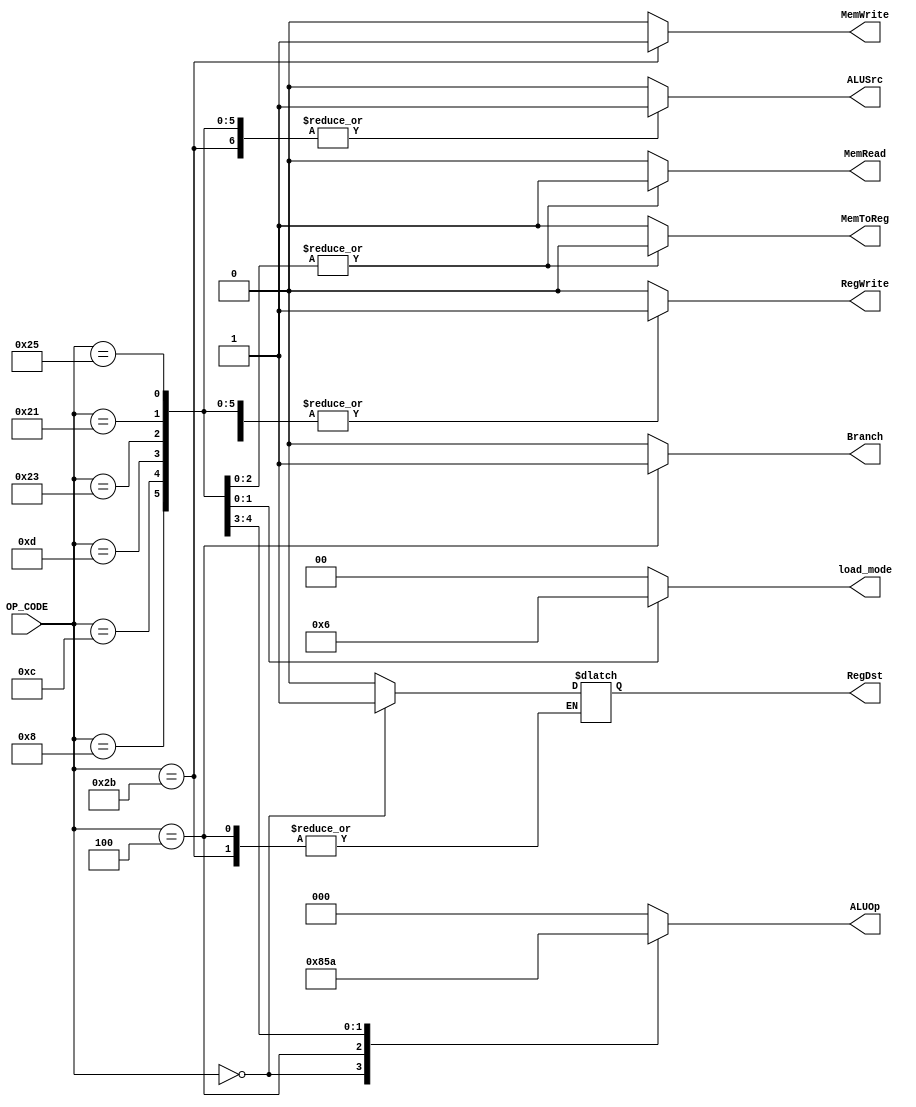
module ID_Control_Unit(OP_CODE, 
                       // Outputs
                       RegDst, 
                       RegWrite,
                       ALUSrc,
                       ALUOp,
                       MemWrite,
                       MemRead,
                       MemToReg,
                       Branch,
                       load_mode);

input [5:0] OP_CODE;
output reg RegDst, RegWrite, ALUSrc, MemWrite, MemRead, MemToReg, Branch;
output reg [1:0] load_mode;
output reg [2:0] ALUOp;


always @(OP_CODE)
begin
  // Default most common values
  RegWrite <= 1;
  ALUSrc <= 0;
  MemWrite <= 0;
  MemRead <= 0;
  MemToReg <= 1;
  load_mode <= 2'b00;
  Branch <= 0;

  case(OP_CODE)
    // R-Type
    6'b000_000:
        begin
          RegDst <= 1;
          ALUOp <= 3'b100;
        end
    // ADD-Immediate
    6'b001_000:
        begin
          RegDst <= 0;
          ALUSrc <= 1;
          ALUOp <= 3'b000;
        end
    // LW, LH, LHU
    6'b100_011:
        begin
          RegDst <= 0;
          ALUSrc <= 1;
          ALUOp <= 3'b000;
          MemRead <= 1;
          MemToReg <= 0;
        end
    6'b100_001:
        begin
          RegDst <= 0;
          ALUSrc <= 1;
          ALUOp <= 3'b000;
          MemRead <= 1;
          MemToReg <= 0;
          load_mode <= 2'b01;
        end
    6'b100_101:
        begin
          RegDst <= 0;
          ALUSrc <= 1;
          ALUOp <= 3'b000;
          MemRead <= 1;
          MemToReg <= 0;
          load_mode <= 2'b10;
        end
    // SW
    6'b101_011:
        begin
          RegWrite <= 0;
          ALUSrc <= 1;
          ALUOp <= 3'b000;
          MemWrite <= 1;
        end
    // BEQ
    6'b000_100:
        begin
          RegWrite <= 0;
          ALUOp <= 3'b001;
          Branch <= 1;
        end
    // AND-immediate
    6'b001_100:
        begin
          RegDst <= 0;
          ALUSrc <= 1;
          ALUOp <= 3'b011;
        end
    // OR-immediate
    6'b001_101:
        begin
          RegDst <= 0;
          ALUSrc <= 1;
          ALUOp <= 3'b010;
        end
    default:
        begin
          RegDst <= 0;
          RegWrite <= 0;
          ALUOp <= 3'b000;
        end
    endcase
end

endmodule